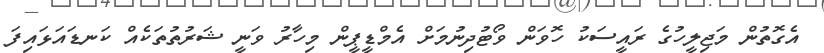
އެގޮތުން މަޖިލީހުގެ ރައީސަކު ހޮވަން ވޯޓުދިނުމަށް އެމްޑީޕީން މިހާރު ވަނީ ޝަރުތުތަކެއް ކަނޑައަޅައިފަ